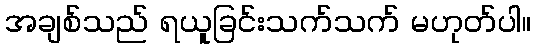
အချစ်သည် ရယူခြင်းသက်သက် မဟုတ်ပါ။